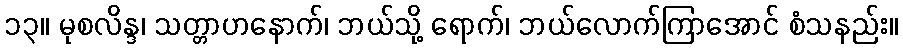
၁၃။ မုစလိန္ဒ၊ သတ္တာဟနောက်၊ ဘယ်သို့ ရောက်၊ ဘယ်လောက်ကြာအောင် စံသနည်း။